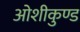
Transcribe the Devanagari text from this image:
ओशीकुण्ड